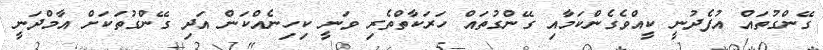
ގޭންގުތައް އުފެދުނީ ކީއްވެގެންކަމާއި ގޭންގުތައް ހަރަކާތްތެރި ވަނީ ކިހިނެއްކަން އަދި ގޭންގުތަކަށް އާމްދަނީ